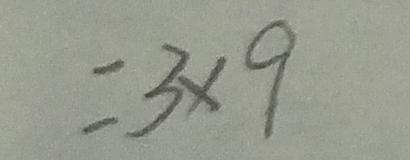
= 3 \times 9